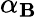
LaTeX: \alpha_{\mathbf{B}}